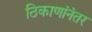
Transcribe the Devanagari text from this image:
ठिकाणांनंतर